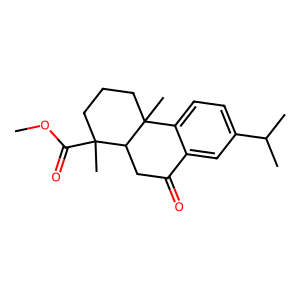
SMILES: COC(=O)C1(C)CCCC2(C)c3ccc(C(C)C)cc3C(=O)CC12
Inhibits HIV replication: No